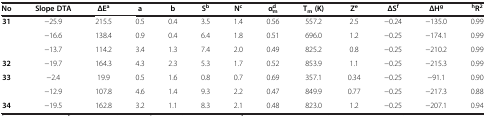
<table><thead><tr><td><b>No</b></td><td><b>Slope DTA</b></td><td><b>ΔE<sup>a</sup></b></td><td><b>a</b></td><td><b>b</b></td><td><b>S<sup>b</sup></b></td><td><b>N<sup>c</sup></b></td><td><b>α<sub>m</sub><sup>d</sup></b></td><td><b>T<sub>m </sub>(K)</b></td><td><b>Z<sup>e</sup></b></td><td><b>ΔS<sup>f</sup></b></td><td><b>ΔH<sup>g</sup></b></td><td><b><sup>h</sup>R<sup>2</sup></b></td></tr></thead><tbody><tr><td rowspan="3"><b>31</b></td><td>−25.9</td><td>215.5</td><td>0.5</td><td>0.4</td><td>3.5</td><td>1.4</td><td>0.56</td><td>557.2</td><td>2.5</td><td>−0.24</td><td>−135.0</td><td>0.99</td></tr><tr><td>−16.6</td><td>138.4</td><td>0.9</td><td>0.4</td><td>6.4</td><td>1.8</td><td>0.51</td><td>696.0</td><td>1.2</td><td>−0.25</td><td>−174.1</td><td>0.99</td></tr><tr><td>−13.7</td><td>114.2</td><td>3.4</td><td>1.3</td><td>7.4</td><td>2.0</td><td>0.49</td><td>825.2</td><td>0.8</td><td>−0.25</td><td>−210.2</td><td>0.99</td></tr><tr><td><b>32</b></td><td>−19.7</td><td>164.3</td><td>4.3</td><td>2.3</td><td>5.3</td><td>1.7</td><td>0.52</td><td>853.9</td><td>1.1</td><td>−0.25</td><td>−215.3</td><td>0.99</td></tr><tr><td rowspan="2"><b>33</b></td><td>−2.4</td><td>19.9</td><td>0.5</td><td>1.6</td><td>0.8</td><td>0.7</td><td>0.69</td><td>357.1</td><td>0.34</td><td>−0.25</td><td>−91.1</td><td>0.90</td></tr><tr><td>−12.9</td><td>107.8</td><td>4.6</td><td>1.4</td><td>9.3</td><td>2.2</td><td>0.47</td><td>849.9</td><td>0.77</td><td>−0.25</td><td>−217.3</td><td>0.88</td></tr><tr><td><b>34</b></td><td>−19.5</td><td>162.8</td><td>3.2</td><td>1.1</td><td>8.3</td><td>2.1</td><td>0.48</td><td>823.0</td><td>1.2</td><td>−0.25</td><td>−207.1</td><td>0.94</td></tr></tbody></table>